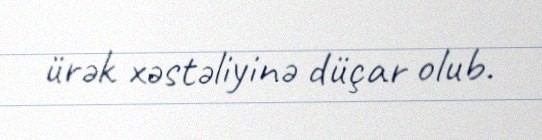
ürək xəstəliyinə düçar olub.